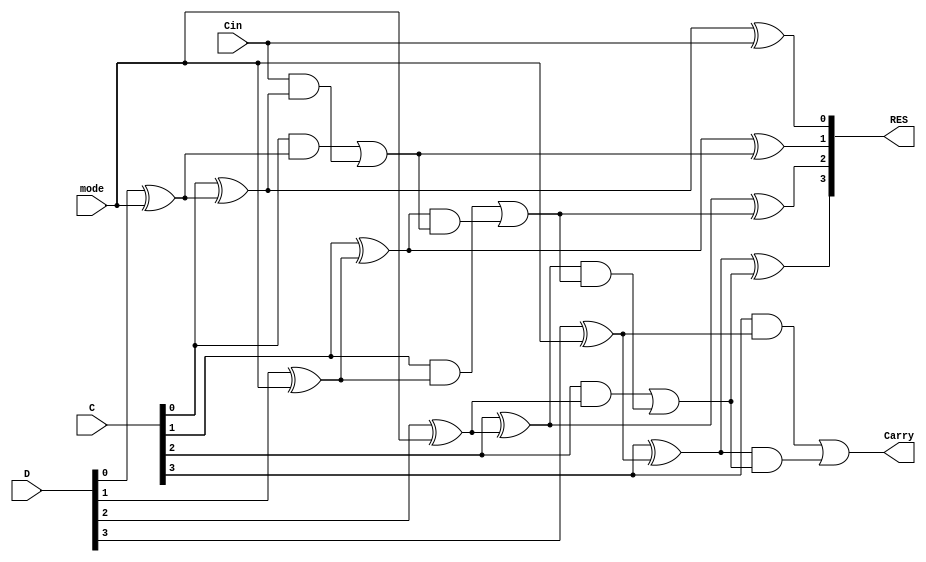
module CLA_4bit 
  (
   input  [3:0]           C,
   input  [3:0]           D,
   input                  Cin,
   input                  mode, // 0 --> addition , 1 --> subtraction          
   output [3:0]           RES,
   output                 Carry
   );

  wire [3:0] P,G; //for the generate and propogate
  wire [4:0] CarryOut; // for each of the carries including cin i.e c0

  //the logic behind the operation below is coming from the lecture slides, "Subtractor" part, while assigning G and P, we take one input's 
  //xor with mode value

  assign G[0] = C[0] & ( D[0] ^ mode ); //and operation is used for the generate signal
  assign G[1] = C[1] & ( D[1] ^ mode );
  assign G[2] = C[2] & ( D[2] ^ mode );
  assign G[3] = C[3] & ( D[3] ^ mode );

  assign P[0] = C[0] ^ ( D[0] ^ mode ); //xor operation is used for the propogate signal
  assign P[1] = C[1] ^ ( D[1] ^ mode );
  assign P[2] = C[2] ^ ( D[2] ^ mode );
  assign P[3] = C[3] ^ ( D[3] ^ mode );

  assign CarryOut[0] = Cin; //C0 is inputted

  //these are the simplified operations of each carry out signal

  assign CarryOut[1] = G[0] | (Cin & P[0]);           //G0 + (P0C0) 
  assign CarryOut[2] = G[1] | (P[1] & CarryOut[1]);   //G1 + (P1C1)
  assign CarryOut[3] = G[2] | (P[2] & CarryOut[2]);   //G2 + (P2C2)
  assign CarryOut[4] = G[3] | (P[3] & CarryOut[3]);   //G3 + (P3C3)

  assign Carry = CarryOut[4]; //we assign the last adder's carry to our main output carry

  assign RES[0] = P[0] ^ CarryOut[0]; //then we assign each bit of the result with the xor of propogate and carry
  assign RES[1] = P[1] ^ CarryOut[1];
  assign RES[2] = P[2] ^ CarryOut[2];
  assign RES[3] = P[3] ^ CarryOut[3];

endmodule